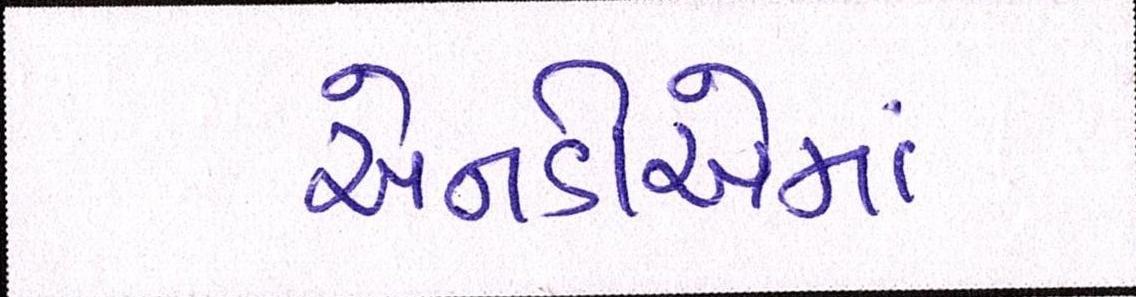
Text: એનડીએમાં